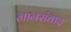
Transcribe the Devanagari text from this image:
ज्ञानसंवाद